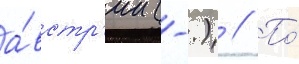
а́встр'ии (-.) // По́